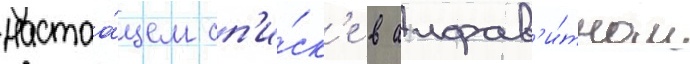
настоа́щем сп'и́ск'е в алфав'и́тном